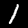
Label: 1